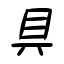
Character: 具